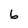
Character: 6